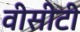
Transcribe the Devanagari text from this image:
वीसीटी